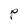
Character: P